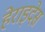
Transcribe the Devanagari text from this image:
हेराइदेस